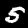
Digit: 5